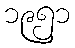
၁၉၅၁